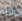
ماذا